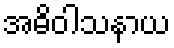
အဓိဝါသနာယ